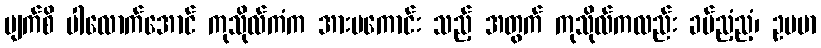
မျက်စိ ပါလောက်အောင် ကုသိုလ်ကံက အားမကောင်း သည့် အတွက် ကုသိုလ်ကလည်း ခပ်ညံ့ညံ့၊ ဥပမာ